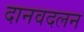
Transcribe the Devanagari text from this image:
दानवदलन